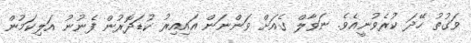
ވަގުތު ހޭދަ ކުރެވުނީއެވެ. ނަވާލް ގެއަށް ވަންނަން އައިއިރު ކުޑަދޮރުން ފެނުނު އަލިކަމުން